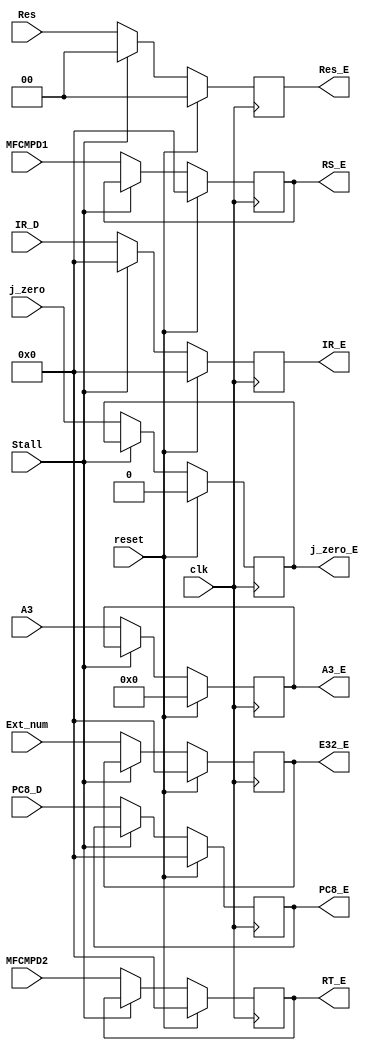
`timescale 1ns / 1ps
//////////////////////////////////////////////////////////////////////////////////
// Company: 
// Engineer: 
// 
// Design Name: 
// Module Name:    E 
// Project Name: 
// Target Devices: 
// Tool versions: 
// Description: 
//
// Dependencies: 
//
// Revision: 
// Revision 0.01 - File Created
// Additional Comments: 
//
//////////////////////////////////////////////////////////////////////////////////
module E(
    input clk,
	 input reset,
	 input [31:0] IR_D,
	 input [31:0] MFCMPD1,
	 input [31:0] MFCMPD2,
	 input [31:0] Ext_num,
	 input [4:0] A3,
	 input [1:0] Res,
	 input Stall,
	 input [31:0] PC8_D,
	 input j_zero,
	 output reg j_zero_E,
	 output reg[31:0] PC8_E,
	 output reg[1:0] Res_E,
	 output reg[4:0] A3_E,
	 output reg[31:0] IR_E,
    output reg[31:0] RS_E,
    output reg[31:0] RT_E,
    output reg[31:0] E32_E
    );
	 wire [31:0] IR_D_;
	 always @(posedge clk) begin
	   if(reset) begin
		PC8_E <= 0;
	   IR_E <= 0;
	   RS_E <= 0;
		RT_E <= 0;
		E32_E <= 0;
		A3_E <= 0;
		Res_E <= 0;
		j_zero_E <= 0;
		end
		else begin
		if(Stall) begin
		IR_E <= 0;
		Res_E <= 0;
		end
		else begin
	   PC8_E <= PC8_D;
	   IR_E <= IR_D;
	   RS_E <= MFCMPD1;
		RT_E <= MFCMPD2;
		E32_E <= Ext_num;
		A3_E <= A3;
		Res_E <= Res;
		j_zero_E <= j_zero;
		end
		end
	 end


endmodule